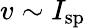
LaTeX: v\sim I_{\mathrm{sp}}